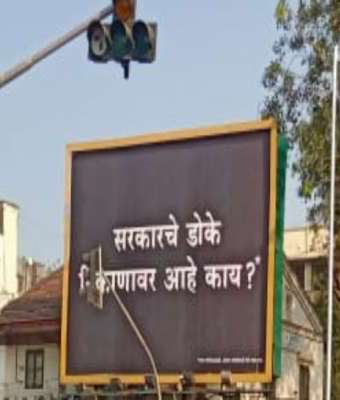
Language: marathi
Transcription: डोके आहे काय? काणावर सरकारचे